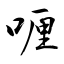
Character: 喱